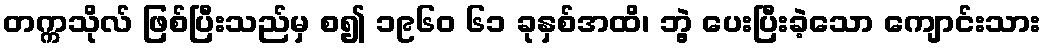
တက္ကသိုလ် ဖြစ်ပြီးသည်မှ စ၍ ၁၉၆၀ ၆၁ ခုနှစ်အထိ၊ ဘွဲ့ ပေးပြီးခဲ့သော ကျောင်းသား